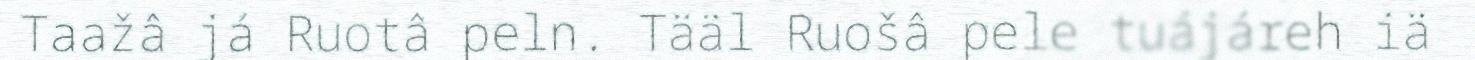
Taažâ já Ruotâ peln. Tääl Ruošâ pele tuájáreh iä